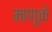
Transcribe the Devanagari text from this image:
माणूके